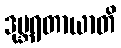
ဒုဗ္ဘရတာယာတိ